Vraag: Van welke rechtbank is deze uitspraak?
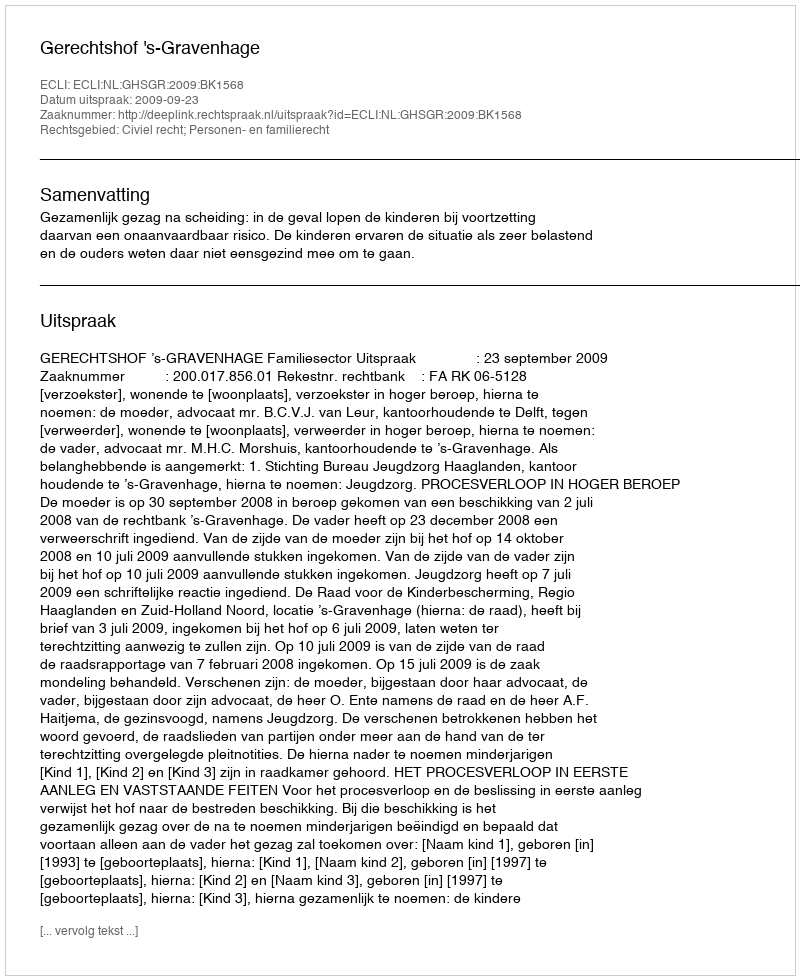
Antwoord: Gerechtshof 's-Gravenhage